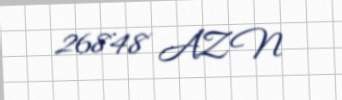
26848 AZN